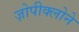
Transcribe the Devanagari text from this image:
ज़ोपीक्लोने